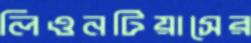
লিওনটিয়াসের